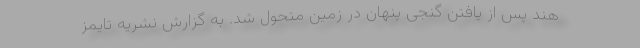
هند پس از یافتن گنجی پنهان در زمین متحول شد. به گزارش نشریه تایمز